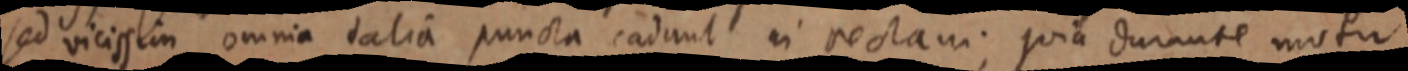
sed vicissim omnia talia puncta cadunt in rectam; quia durante motur